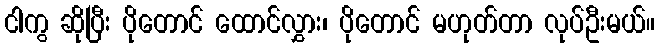
ငါကွ ဆိုပြီး ပိုတောင် ထောင်လွှား၊ ပိုတောင် မဟုတ်တာ လုပ်ဦးမယ်။